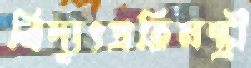
বিদ্যুৎপ্রতিমন্ত্রী